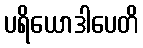
ပရိယောဒါပေတိ